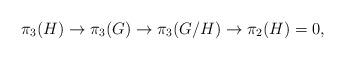
LaTeX: \begin{align*}\pi_3 (H) \to \pi_3 (G) \to \pi_3 (G/H) \to \pi_2 (H) =0 ,\end{align*}